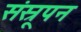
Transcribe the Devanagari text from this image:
संस्रूपन